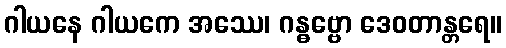
ဂါယနေ ဂါယကေ အဿေ၊ ဂန္ဓဗ္ဗော ဒေဝတာန္တရေ။